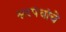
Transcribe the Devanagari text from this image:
सरपंचांचे